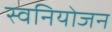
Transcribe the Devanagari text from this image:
स्वनियोजन